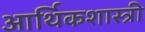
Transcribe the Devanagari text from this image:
आर्थिकशास्त्री